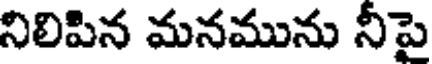
నిలిపిన మనమును నీపై